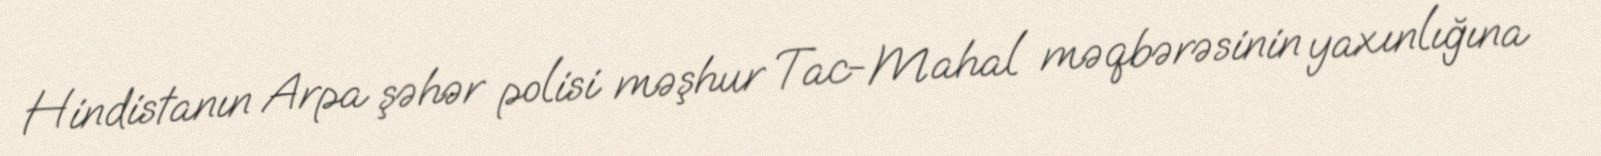
Hindistanın Arpa şəhər polisi məşhur Tac-Mahal məqbərəsinin yaxınlığına